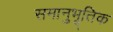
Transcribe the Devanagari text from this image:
समानुभूतिक